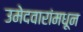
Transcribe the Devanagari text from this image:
उमेदवारांमधून